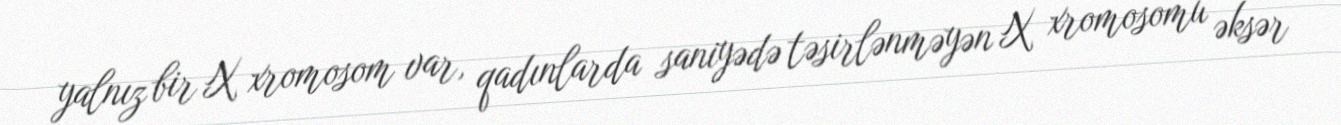
yalnız bir X xromosom var, qadınlarda saniyədə təsirlənməyən X xromosomu əksər